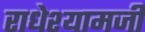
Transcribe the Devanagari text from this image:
राधेश्यामजी